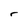
Character: r